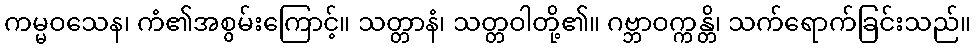
ကမ္မဝသေန၊ ကံ၏အစွမ်းကြောင့်။ သတ္တာနံ၊ သတ္တဝါတို့၏။ ဂဗ္ဘာဝက္ကန္တိ၊ သက်ရောက်ခြင်းသည်။